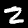
Digit: 2